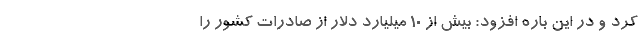
کرد و در این باره افزود: بیش از 10 میلیارد دلار از صادرات کشور را